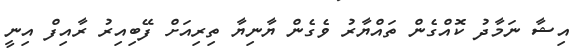
އިޝާ ނަމާދު ކޮއްގެން ތައްޔާރު ވެގެން ޔާނިޔާ ތިރިއަށް ފޭބިއިރު ރާއިފް އިނީ